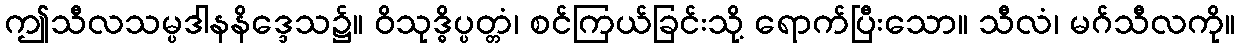
ဤသီလသမ္ပဒါနနိဒ္ဒေသ၌။ ဝိသုဒ္ဓိပ္ပတ္တံ၊ စင်ကြယ်ခြင်းသို့ ရောက်ပြီးသော။ သီလံ၊ မဂ်သီလကို။